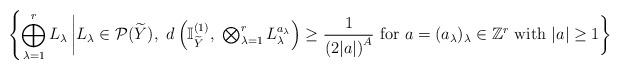
LaTeX: \begin{align*}\left\{\bigoplus_{\lambda=1}^rL_\lambda\left| L_\lambda\in \mathcal{P}(\widetilde{Y}),\ d\left(\mathbb{I}_{\widetilde{Y}}^{(1)},\ \textstyle\bigotimes_{\lambda=1}^r L_\lambda^{a_\lambda}\right)\geq \frac{1}{\left(2|a|\right)^A}\ {\rm for}\ a=(a_\lambda)_\lambda\in\mathbb{Z}^r\ {\rm with}\ |a|\geq 1 \right\}\right.\end{align*}